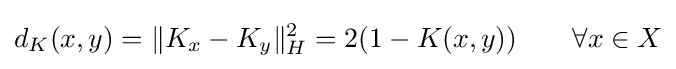
d_{K}(x,y)=\|K_{x}-K_{y}\|_{H}^{2}=2(1-K(x,y))\qquad \forall x\in X